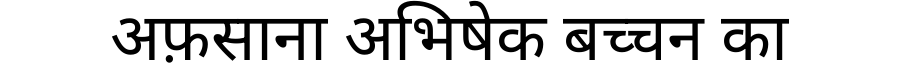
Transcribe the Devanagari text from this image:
अफ़साना अभिषेक बच्चन का